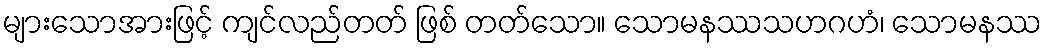
များသောအားဖြင့် ကျင်လည်တတ် ဖြစ် တတ်သော။ သောမနဿသဟဂဟံ၊ သောမနဿ